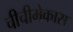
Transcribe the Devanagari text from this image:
चीचीमेकास